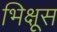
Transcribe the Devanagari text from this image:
भिक्षूस